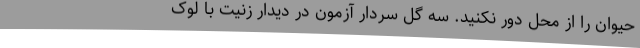
حیوان را از محل دور نکنید. سه گل سردار آزمون در دیدار زنیت با لوک